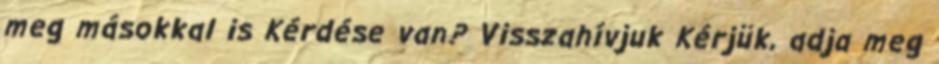
meg másokkal is Kérdése van? Visszahívjuk Kérjük, adja meg